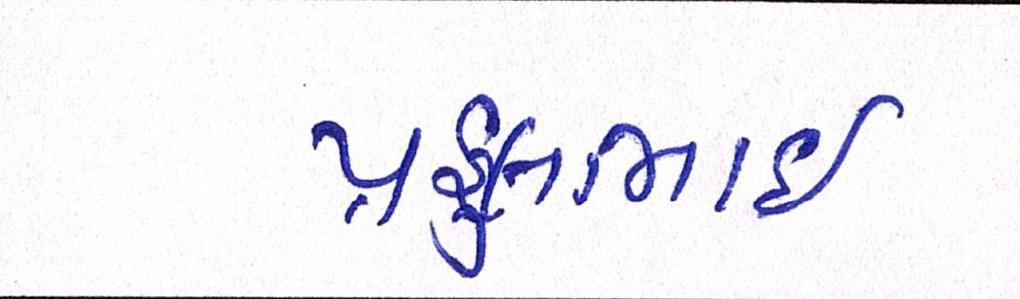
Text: પ્રફુલભાઈ